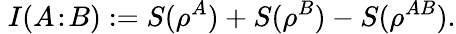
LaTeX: \; I(A\! :\! B):=S(\rho^{A})+S(\rho^{B})-S(\rho^{AB}).